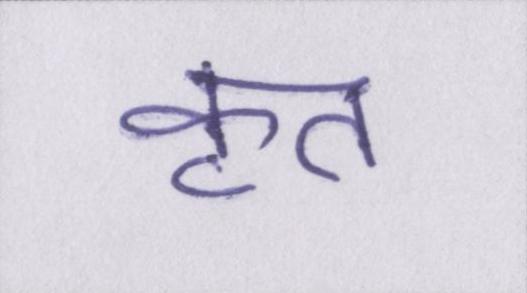
कृत